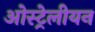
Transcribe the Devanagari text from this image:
ओस्ट्रेलीयन